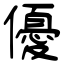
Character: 優